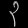
Digit: ၃